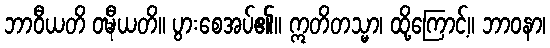
ဘာဝီယတိ ဝဍ္ဎီယတိ။ ပွားစေအပ်၏။ ဣတိတသ္မာ၊ ထို့ကြောင့်။ ဘာဝနာ၊